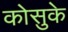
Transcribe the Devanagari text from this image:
कोसुके